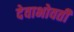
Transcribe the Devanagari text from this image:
देवाभोवती